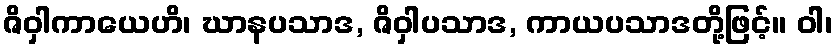
ဇိဝှါကာယေဟိ၊ ဃာနပသာဒ, ဇိဝှါပသာဒ, ကာယပသာဒတို့ဖြင့်။ ဝါ၊